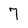
Character: 7